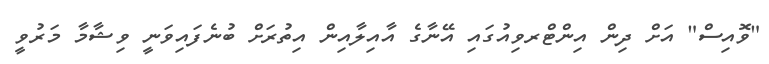
"ވޮއިސް" އަށް ދިން އިންޓްރވިއުގައި އޭނާގެ އާއިލާއިން އިތުރަށް ބުނެފައިވަނީ ވިޝާމާ މަރުވީ